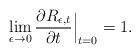
LaTeX: \begin{align*}\lim_{\epsilon\rightarrow 0} \frac{\partial R_{\epsilon,t}}{\partial t}\Big|_{t=0} = 1.\end{align*}